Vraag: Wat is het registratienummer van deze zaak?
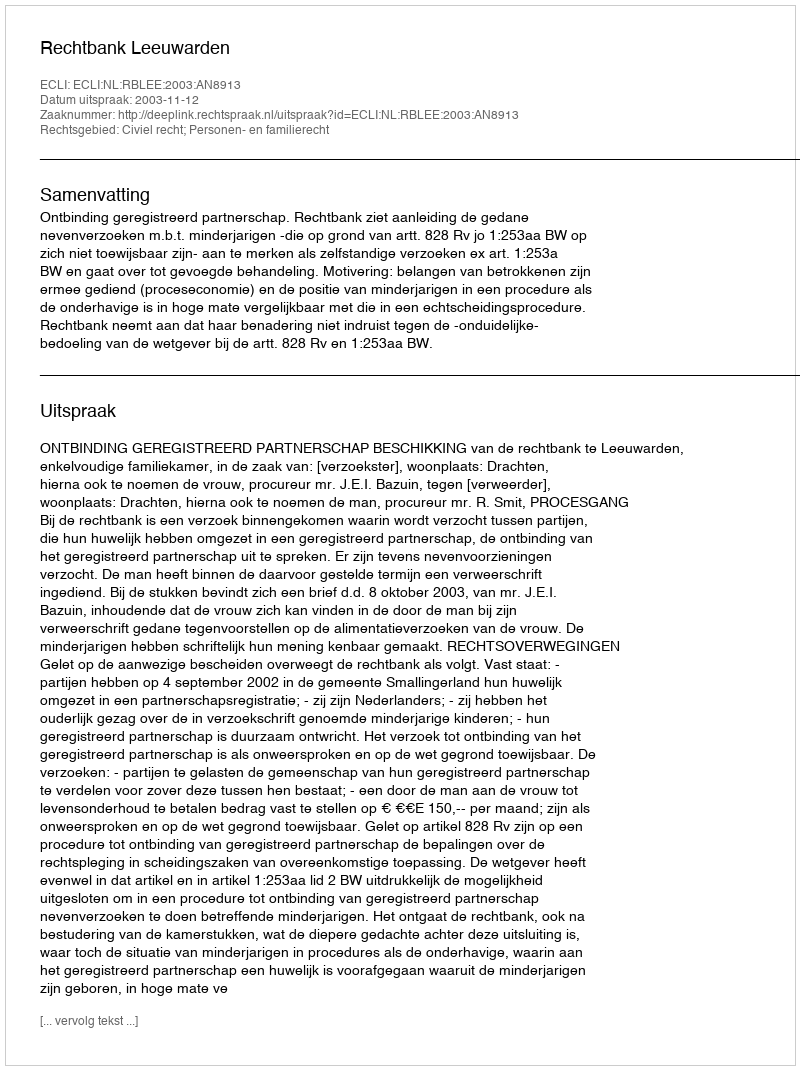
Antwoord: http://deeplink.rechtspraak.nl/uitspraak?id=ECLI:NL:RBLEE:2003:AN8913